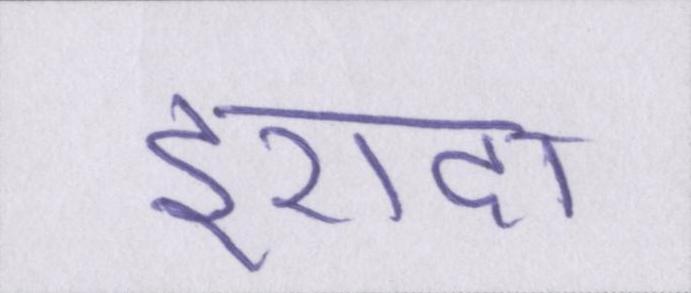
इरादा